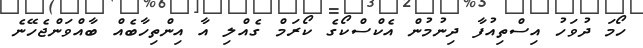
ހޯމަ ދުވަހު އިސްތިއުފާ ދިނުމުން އެކްސްކޯގެ ކޯރަމް ގެއްލި އާ އިންތިހާބެއް ބާއްވަންޖެހޭނެ